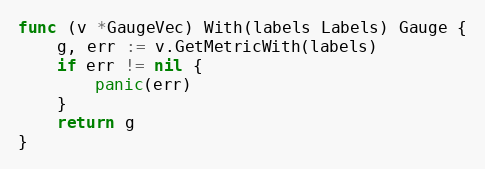
Language: Go
func (v *GaugeVec) With(labels Labels) Gauge {
	g, err := v.GetMetricWith(labels)
	if err != nil {
		panic(err)
	}
	return g
}